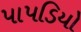
પાપડિયો